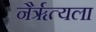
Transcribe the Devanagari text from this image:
नैर्ॠत्यला